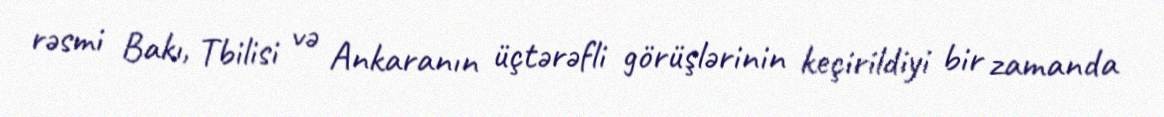
rəsmi Bakı, Tbilisi və Ankaranın üçtərəfli görüşlərinin keçirildiyi bir zamanda